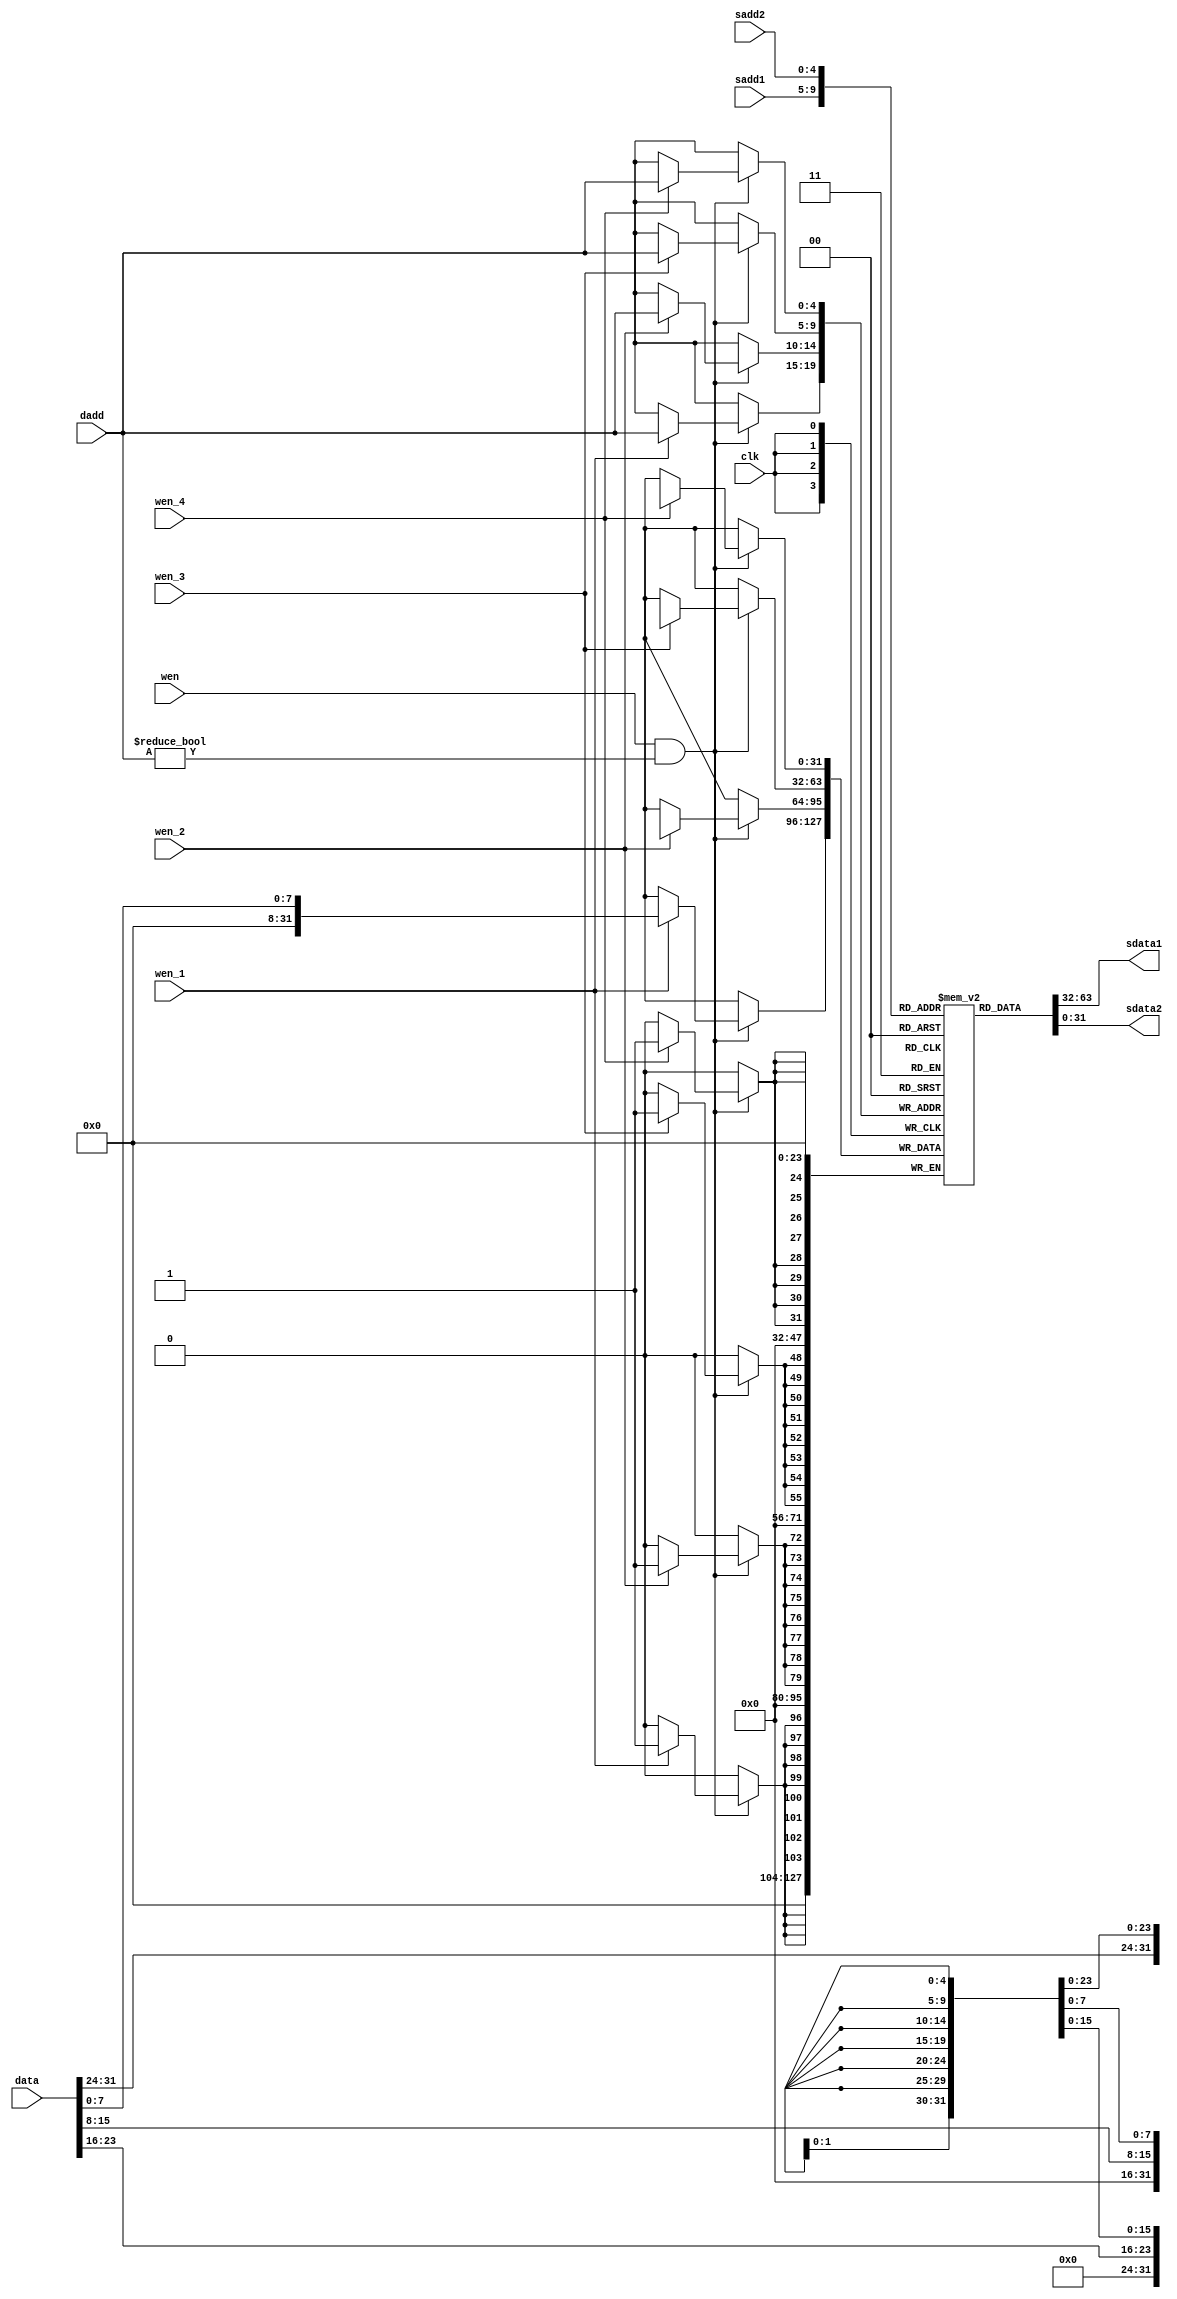
module MIPSregister_32b(sadd1, sadd2, dadd, data, wen, wen_4, wen_3, wen_2, wen_1, clk, sdata1, sdata2);
	input [4:0] sadd1;
	input [4:0] sadd2;
	input [4:0] dadd;
	input [31:0] data;
	input wen;
	input wen_4;
	input wen_3;
	input wen_2;
	input wen_1;
	input clk;
	output [31:0] sdata1;
	output [31:0] sdata2;
	
	reg [31:0] mem[31:0];
	
	always @(posedge clk)
	begin
		if(wen == 1 && dadd != 0)
		begin
			if(wen_4 == 1)
				mem[dadd][31:24] <= data[31:24];
			if(wen_3 == 1)
				mem[dadd][23:16] <= data[23:16];
			if(wen_2 == 1)
				mem[dadd][15:8] <= data[15:8];
			if(wen_1 == 1)
				mem[dadd][7:0] <= data[7:0];
		end
	end	
	assign sdata1 = mem[sadd1];
	assign sdata2 = mem[sadd2];		
endmodule	

module Reg(clk, signal, data, q);
	input clk, signal;
	input [31:0] data;
	output reg [31:0] q;
	
	always@(posedge clk)
	begin
		if(signal == 1)
			q <= data;
		else
			q <= q;
	end
	
endmodule